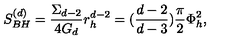
S _ { B H } ^ { ( d ) } = { \frac { \Sigma _ { d - 2 } } { 4 G _ { d } } } r _ { h } ^ { d - 2 } = ( { \frac { d - 2 } { d - 3 } } ) { \frac { \pi } { 2 } } \Phi _ { h } ^ { 2 } ,